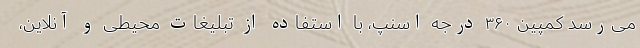
می‌رسد کمپین ۳۶۰ درجه اسنپ، با استفاده از تبلیغات محیطی و آنلاین،